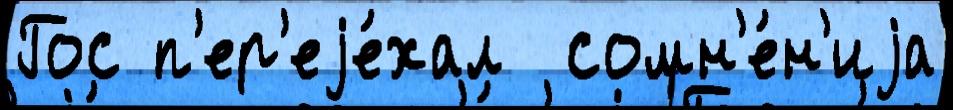
Гос п'ер'еjе́хал  сомн'е́н'иjа